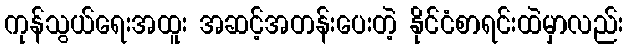
ကုန်သွယ်ရေးအထူး အဆင့်အတန်းပေးတဲ့ နိုင်ငံစာရင်းထဲမှာလည်း